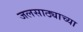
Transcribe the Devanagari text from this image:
जलसाठ्याच्या